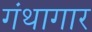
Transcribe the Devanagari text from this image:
गंथागार